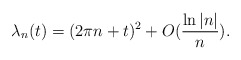
\begin{align*}\lambda_{n}(t)=(2\pi n+t)^{2}+O(\frac{\ln\left\vert n\right\vert }{n}).\end{align*}